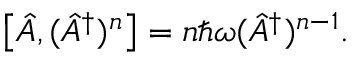
\left[ \hat { A } , ( \hat { A } ^ { \dagger } ) ^ { n } \right] = n \hbar \omega ( \hat { A } ^ { \dagger } ) ^ { n - 1 } .